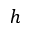
h